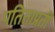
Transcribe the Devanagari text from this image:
पतिताप्रती